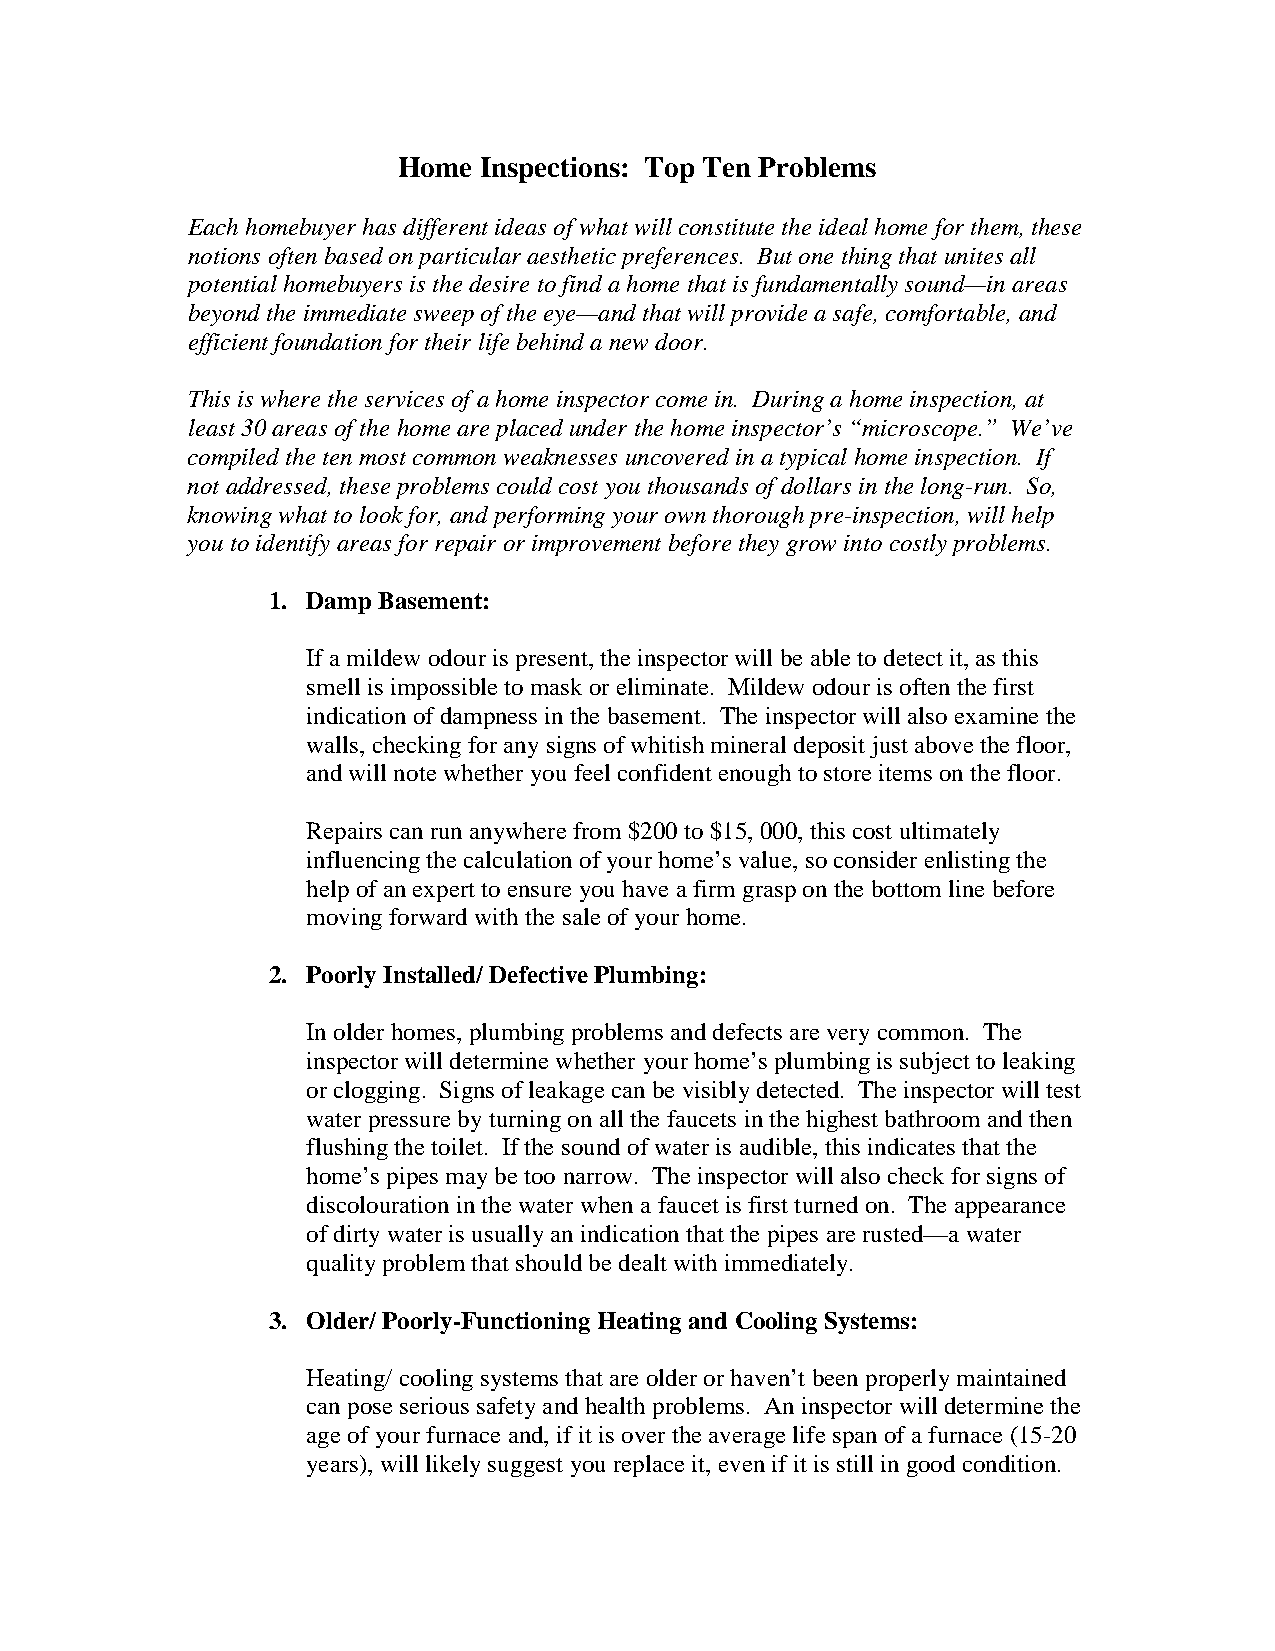
Home  Inspections: Top Ten Problems
 Each homebuyer has different ideas of what will constitute the ideal home for them, these
 notions often based on particular aesthetic preferences. But one thing that unites all
 potential homebuyers is the desire to find a home that is fundamentally sound—in areas
 beyond the immediate sweep of the eye—and that will provide a safe, comfortable, and
 efficient foundation for their life behind a new door.
 This is where the services of a home inspector come in. During a home inspection, at
 least 30 areas of the home are placed under the home inspector’s “microscope.” We’ve
 compiled the ten most common weaknesses uncovered in a typical home inspection. If
 not addressed, these problems could cost you thousands of dollars in the long-run. So,
 knowing what to look for, and performing your own thorough pre-inspection, will help
 you to identify areas for repair or improvement before they grow into costly problems.
 1. Damp Basement:
 If a mildew odour is present, the inspector will be able to detect it, as this
 smell is impossible to mask or eliminate. Mildew odour is often the first
 indication of dampness in the basement. The inspector will also examine the
 walls, checking for any signs of whitish mineral deposit just above the floor,
 and will note whether you feel confident enough to store items on the floor.
 Repairs can run anywhere from $200 to $15, 000, this cost ultimately
 influencing the calculation of your home’s value, so consider enlisting the
 help of an expert to ensure you have a firm grasp on the bottom line before
 moving forward with the sale of your home.
 2. Poorly Installed/ Defective Plumbing:
 In older homes, plumbing problems and defects are very common. The
 inspector will determine whether your home’s plumbing is subject to leaking
 or clogging. Signs of leakage can be visibly detected. The inspector will test
 water pressure by turning on all the faucets in the highest bathroom and then
 flushing the toilet. If the sound of water is audible, this indicates that the
 home’s pipes may be too narrow. The inspector will also check for signs of
 discolouration in the water when a faucet is first turned on. The appearance
 of dirty water is usually an indication that the pipes are rusted—a water
 quality problem that should be dealt with immediately.
 3. Older/ Poorly-Functioning Heating and Cooling Systems:
 Heating/ cooling systems that are older or haven’t been properly maintained
 can pose serious safety and health problems. An inspector will determine the
 age of your furnace and, if it is over the average life span of a furnace (15-20
 years), will likely suggest you replace it, even if it is still in good condition.